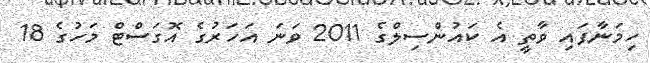
ހިމަނާފައި ވާތީ އެ ކައުންސިލްގެ 2011 ވަނަ އަހަރުގެ އޮގަސްޓް މަހުގެ 18